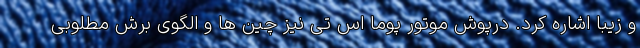
و زیبا اشاره کرد. درپوش موتور پوما اس تی نیز چین ها و الگوی برش مطلوبی